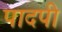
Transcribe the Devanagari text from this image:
पादपी